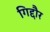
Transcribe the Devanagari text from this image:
गिद्दौर